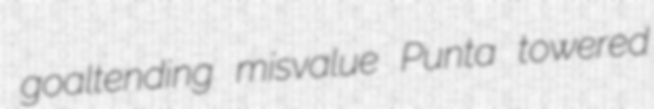
goaltending misvalue Punta towered